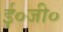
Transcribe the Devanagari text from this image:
ई०जी०